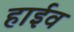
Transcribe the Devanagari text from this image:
हाईव